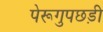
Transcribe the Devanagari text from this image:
पेरूगुपछड़ी